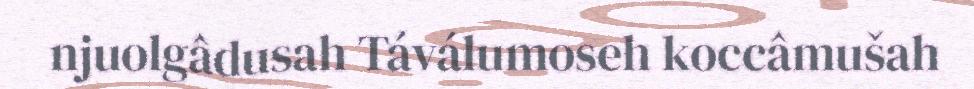
njuolgâdusah Táválumoseh koccâmušah